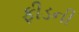
ફીડની